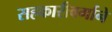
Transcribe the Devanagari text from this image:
सहकारीवर्गाने